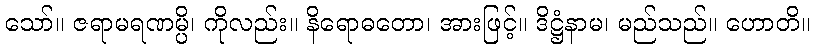
သော်။ ဇရာမရဏမ္ပိ၊ ကိုလည်း။ နိရောဓတော၊ အားဖြင့်။ ဒိဋ္ဌံနာမ၊ မည်သည်။ ဟောတိ။